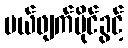
ပယ်ဖျက်ပိုင်ခွင့်